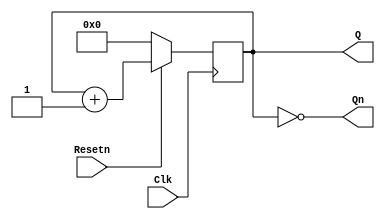
module upcount12p(Clk,Resetn,Q,Qn);
input Clk,Resetn;
output reg [3:0]Q;
output [3:0]Qn;
integer k;

always @ ( posedge Clk)
begin
	if(!Resetn)
		Q<=1'b0;
	else
			Q<= Q + 1;
end
assign Qn = ~Q;

endmodule